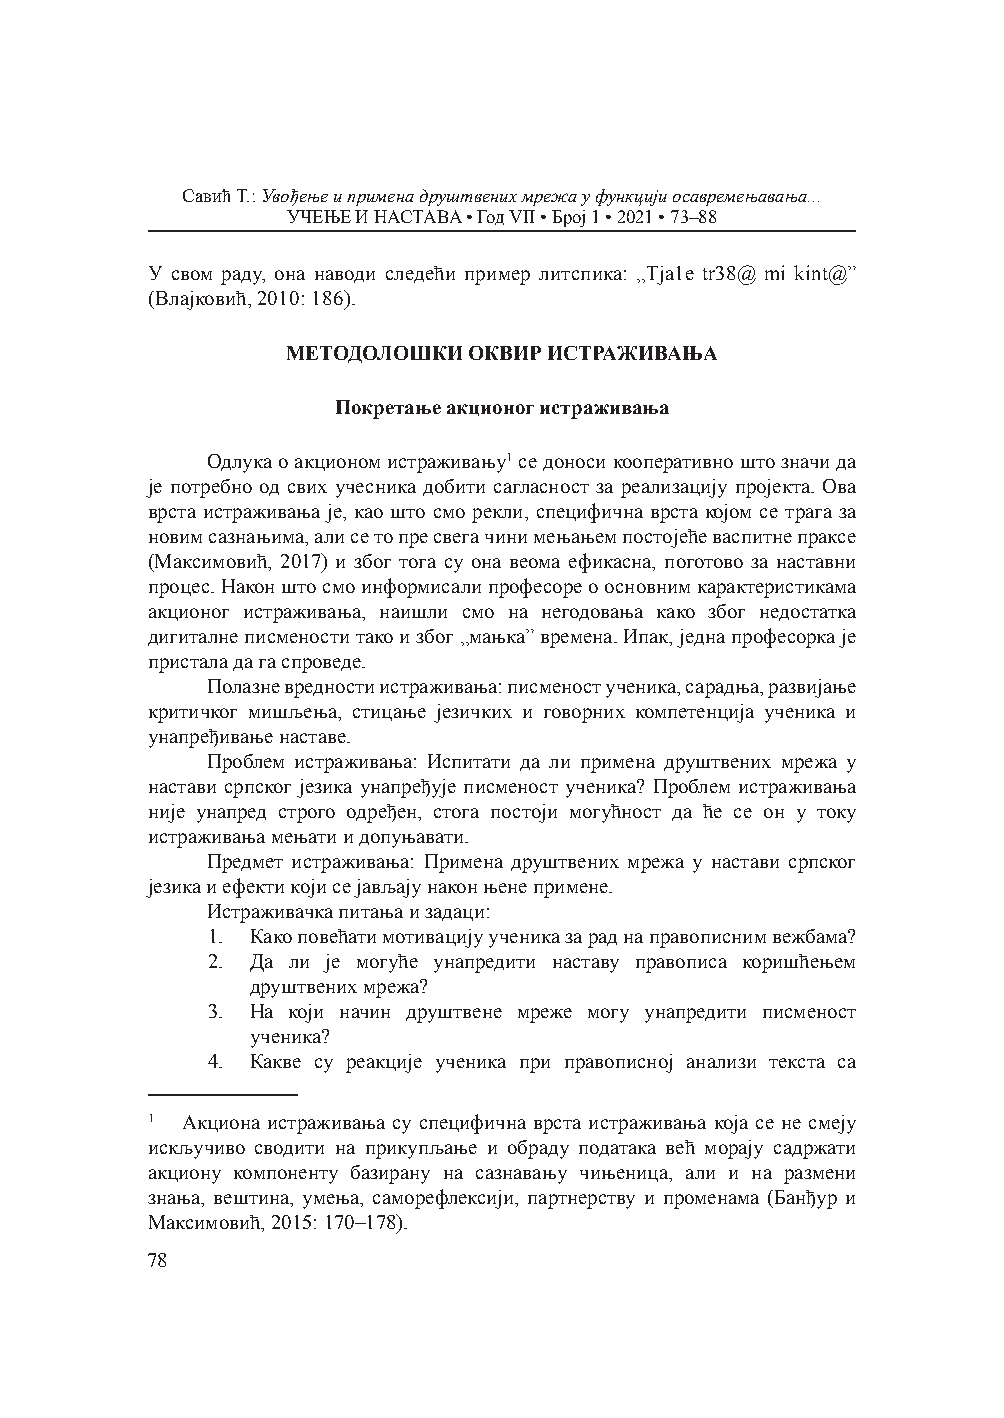
Савић T.: Увођење и примена друштвених мрежа у функцији осавремењавања...
 УЧЕЊЕ И НАСТАВА • Год VII • Број 1 • 2021 • 73–88
 У свом раду, она наводи следећи пример литспика: „Tja1e tr38@ mi kint@”
 (Влајковић, 2010: 186).
 МЕТОДОЛОШКИ ОКВИР ИСТРАЖИВАЊА
 Покретање акционог истраживања
 Одлука о акционом истраживању1 се доноси кооперативно што значи да
 је потребно од свих учесника добити сагласност за реализацију пројекта. Oва
 врста истраживања је, као што смо рекли, специфична врста којом се трага за
 новим сазнањима, али се то пре свега чини мењањем постојеће васпитне праксе
 (Максимовић, 2017) и због тога су она веома ефикасна, поготово за наставни
 процес. Након што смо информисали професоре о основним карактеристикама
 акционог истраживања, наишли смо на негодовања како због недостатка
 дигиталне писмености тако и због „мањка” времена. Ипак, једна професорка је
 пристала да га спроведе.
 Полазне вредности истраживања: писменост ученика, сарадња, развијање
 критичког мишљења, стицање језичких и говорних компетенција ученика и
 унапређивање наставе.
 Проблем истраживања: Испитати да ли примена друштвених мрежа у
 настави српског језика унапређује писменост ученика? Проблем истраживања
 није унапред строго одређен, стога постоји могућност да ће се он у току
 истраживања мењати и допуњавати.
 Предмет истраживања: Примена друштвених мрежа у настави српског
 језика и ефекти који се јављају након њене примене.
 Истраживачка питања и задаци:
 1. Како повећати мотивацију ученика за рад на правописним вежбама?
 2. Да ли је могуће унапредити наставу правописа коришћењем
 друштвених мрежа?
 3. На који начин друштвене мреже могу унапредити писменост
 ученика?
 4. Какве су реакције ученика при правописној анализи текста са
 1 Акциона истраживања су специфична врста истраживања која се не смеју
 искључиво сводити на прикупљање и обраду података већ морају садржати
 акциону компоненту базирану на сазнавању чињеница, али и на размени
 знања, вештина, умења, саморефлексији, партнерству и променама (Банђур и
 Максимовић, 2015: 170–178).
 78